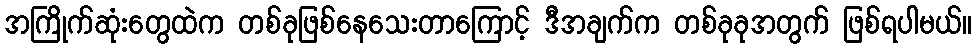
အကြိုက်ဆုံးတွေထဲက တစ်ခုဖြစ်နေသေးတာကြောင့် ဒီအချက်က တစ်ခုခုအတွက် ဖြစ်ရပါမယ်။